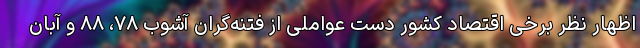
اظهار نظر برخی اقتصاد کشور دست عواملی از فتنه‌گران آشوب ۷۸، ۸۸ و آبان